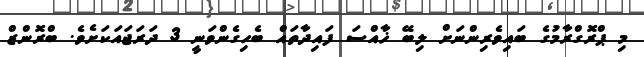
މި ޕްރޮގްރާމުގެ ބައިވެރިންނަށް ލިބޭ ޚާއްސަ ފައިދާތައް ބެހިގެންވަނީ 3 ދަރަޖައަކަށެވެ. ބްރޮންޒް